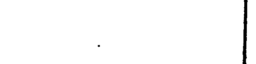
.